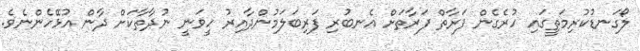
ލޯގަނޑުކުރިމަތީގައި ހުރެގެން ފަރާތް ފަރާތަށް އެނބުރި ފަރިބަލަމުންދާއިރު ހީވަނީ ނުދާތާކަށް ދާން އުޅޭހެންނެވެ.